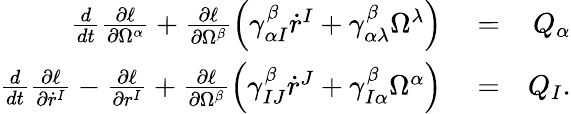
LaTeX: \begin{array}{rlr}{\frac{d}{dt}\frac{\partial\ell}{\partial\Omega^{\alpha}}+\frac{\partial\ell}{\partial\Omega^{\beta}}\left(\gamma_{\alpha I}^{\beta}\dot{r}^{I}+\gamma_{\alpha\lambda}^{\beta}\Omega^{\lambda}\right)}&{{}=}&{Q_{\alpha}}\\ {\frac{d}{dt}\frac{\partial\ell}{\partial\dot{r}^{I}}-\frac{\partial\ell}{\partial r^{I}}+\frac{\partial\ell}{\partial\Omega^{\beta}}\left(\gamma_{IJ}^{\beta}\dot{r}^{J}+\gamma_{I\alpha}^{\beta}\Omega^{\alpha}\right)}&{{}=}&{Q_{I}.}\end{array}